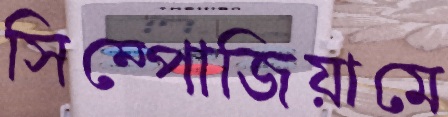
সিম্পোজিয়ামে